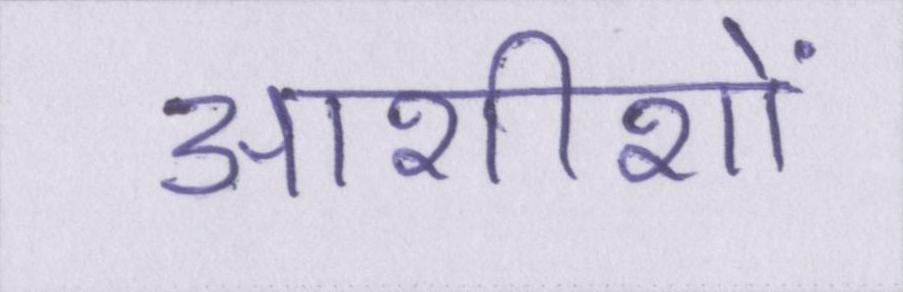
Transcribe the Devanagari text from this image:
आशीशों